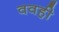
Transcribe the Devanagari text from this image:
ववही